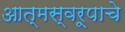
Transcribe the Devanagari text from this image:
आत्मस्वरूपाचे